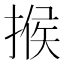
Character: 𢰡